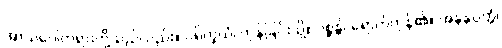
အာသဝေါတရားတို့သည်လည်း။ ပရိက္ခယံ၊ ကုန်ခြင်းသို့။ ဂစ္ဆန္တိ၊ ရောက်ကုန်၏။ အနနုပ္ပတ္တံ၊